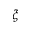
\xi